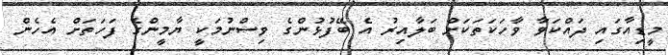
މީޑިއާގައި ދައްކަވާ ވާހަކަތަކަށް ބަލާއިރު އެ ބޭފުޅުންގެ ވިސްނުމަކީ ޔާމީންގެ ފަހަތަށް އެހެން